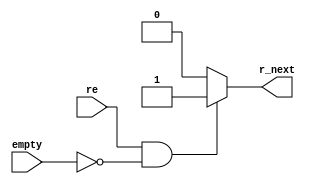
// This program was cloned from: https://github.com/JeffDeCola/my-verilog-examples
// License: MIT License

// A synchronous fifo read logic

module read_logic (
    input       re,              // Read enable
    input       empty,           // Empty
    output reg  r_next);         // Read next

    //If FIFO empty read counter should not increment
    always @(*) begin
        if (re && (!empty))
            r_next=1;
        else
            r_next=0;
    end

endmodule